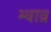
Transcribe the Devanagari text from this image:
म्वाव्र